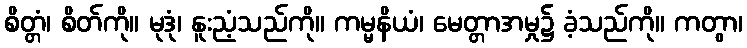
စိတ္တံ၊ စိတ်ကို။ မုဒုံ၊ နူးညံ့သည်ကို။ ကမ္မနိယံ၊ မေတ္တာအမှု၌ ခံ့သည်ကို။ ကတွာ၊